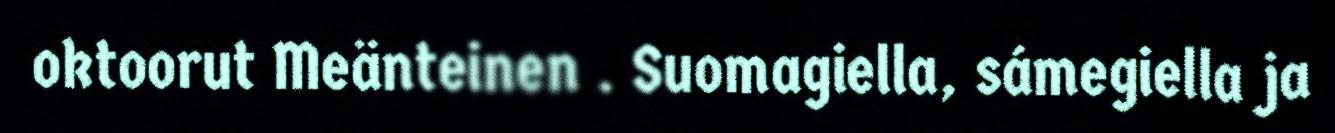
oktoorut Meänteinen . Suomagiella, sámegiella ja